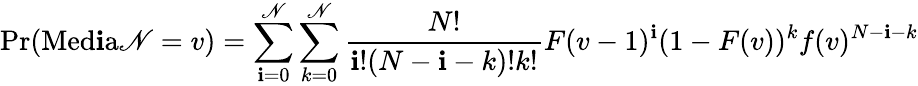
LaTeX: \operatorname*{Pr}(\operatorname{M\mathrm{e}d\mathbf{i}a\mathscr{N}}=v)=\sum_{\mathbf{i}=0}^{\mathscr{N}}\sum_{k=0}^{\mathscr{N}}{\frac{{N!}}{{\mathbf{i}!(N-\mathbf{i}-k)!k!}}}F(v-1)^{\mathbf{i}}(1-F(v))^{k}f(v)^{N-\mathbf{i}-k}